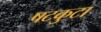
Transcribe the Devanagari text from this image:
षटकुटा